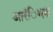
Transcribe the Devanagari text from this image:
आरंिभक